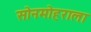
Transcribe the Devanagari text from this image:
सोनमोहराला